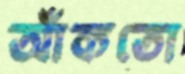
আঁকতো